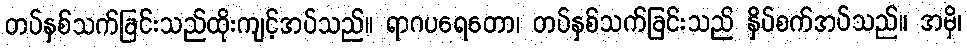
တပ်နှစ်သက်ခြင်းသည်ထိုးကျင့်အပ်သည်။ ရာဂပရေတော၊ တပ်နှစ်သက်ခြင်းသည် နှိပ်စက်အပ်သည်။ အမှိ၊